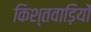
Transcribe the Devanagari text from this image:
किश्तवाड़ियों